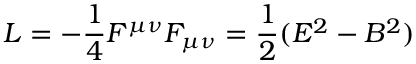
L = - \frac { 1 } { 4 } F ^ { \mu \nu } F _ { \mu \nu } = \frac { 1 } { 2 } ( E ^ { 2 } - B ^ { 2 } )